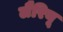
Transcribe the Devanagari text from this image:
लैरियू